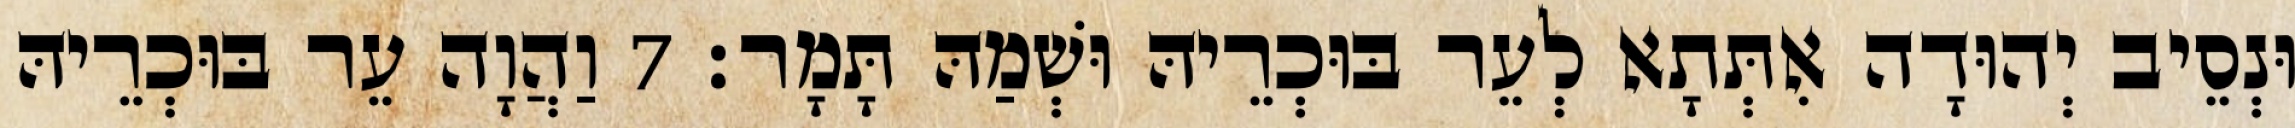
וּנְסֵיב יְהוּדָה אִתְּתָא לְעֵר בּוּכְרֵיהּ וּשְׁמַהּ תָּמָר׃ 7 וַהֲוָה עֵר בּוּכְרֵיהּ